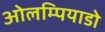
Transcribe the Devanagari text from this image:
ओलम्पियाडो